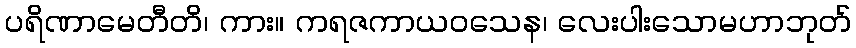
ပရိဏာမေတီတိ၊ ကား။ ကရဇကာယဝသေန၊ လေးပါးသောမဟာဘုတ်